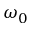
\omega _ { 0 }